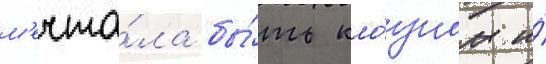
м'ечта́ла бы́ть кло́уном и́